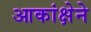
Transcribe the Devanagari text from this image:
आकांक्षेने